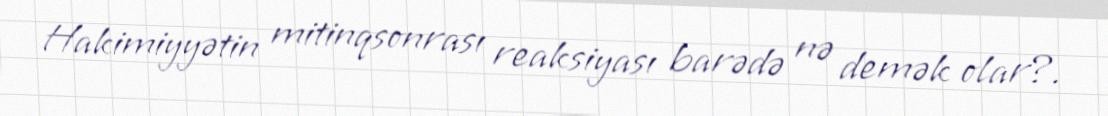
Hakimiyyətin mitinqsonrası reaksiyası barədə nə demək olar?.